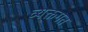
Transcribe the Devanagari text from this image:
व्यक्तगत